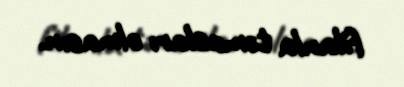
filanla təmasları olmasın.